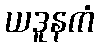
ယဒူနကံ